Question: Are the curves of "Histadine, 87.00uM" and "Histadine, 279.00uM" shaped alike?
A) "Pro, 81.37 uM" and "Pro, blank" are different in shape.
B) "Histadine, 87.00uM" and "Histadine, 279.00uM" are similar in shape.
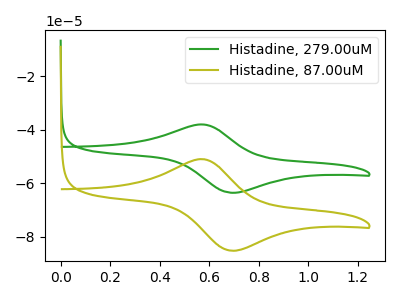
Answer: <think>The green curve "Histadine, 279.00uM" has an anodic peak at (0.55V, -38.05uA) and a cathodic peak at (0.70V, -63.55uA). The olive curve "Histadine, 87.00uM" has an anodic peak at (0.55V, -51.00uA) and a cathodic peak at (0.70V, -85.20uA).
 All the peaks in "Histadine, 87.00uM" have a peak in "Histadine, 279.00uM" at the same potential.</think>
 <answer>B) "Histadine, 87.00uM" and "Histadine, 279.00uM" are similar in shape.</answer>
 <eval>B</eval>